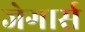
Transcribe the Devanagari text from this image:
जेगार्स